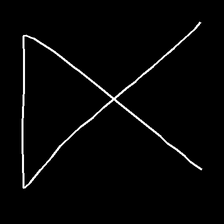
Glyph: collection